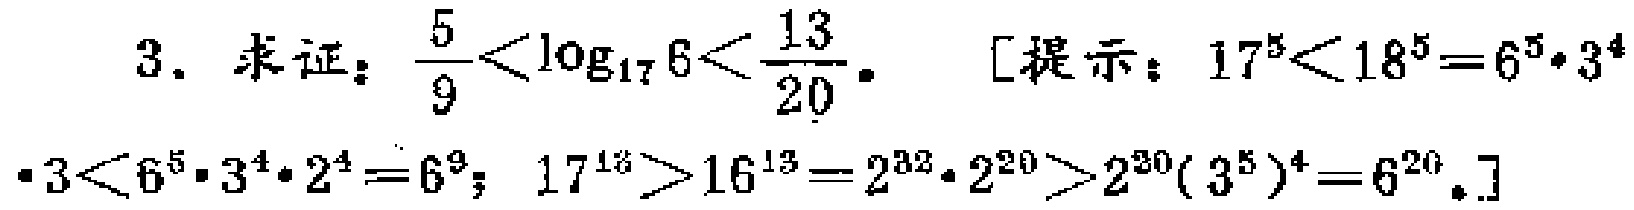
3. 求证：\(\frac{5}{9}<\log_{17}6<\frac{13}{20}\)。[提示：\(17^{5}<18^{5}=6^{5}\cdot3^{4}\cdot3<6^{5}\cdot3^{4}\cdot2^{4}=6^{9}\)；\(17^{13}>16^{13}=2^{32}\cdot2^{20}>2^{30}(3^{5})^{4}=6^{20}\)。]